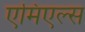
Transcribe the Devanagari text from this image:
एमिएल्स